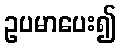
ဥပမာပေး၍